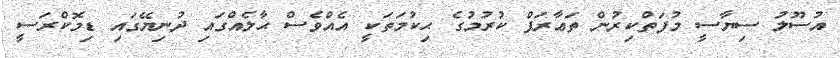
އުސޫލު ސިޔާސީ މުފަތްކިރުން ތަޢާރަފް ކުރުމުގެ ޙިކުމަތަކީ އެއްވެސް ޙާލެއްގައި ދުނިޔޭގައި ޑިމޮކްރަސީ